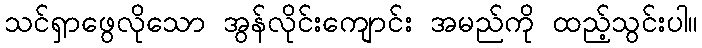
သင်ရှာဖွေလိုသော အွန်လိုင်းကျောင်း အမည်ကို ထည့်သွင်းပါ။